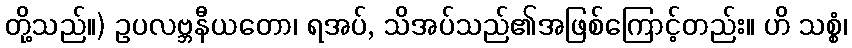
တို့သည်။) ဥပလဗ္ဘနီယတော၊ ရအပ်, သိအပ်သည်၏အဖြစ်ကြောင့်တည်း။ ဟိ သစ္စံ၊